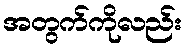
အတွက်ကိုလည်း